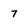
Character: 7